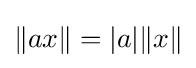
\|ax\|=|a|\|x\|